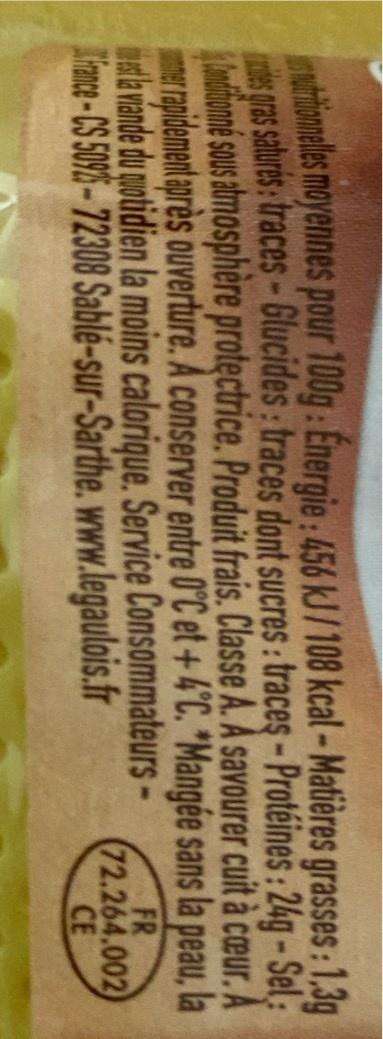
utionnelles moyennes pour 100g: Energie: 456 kJ/108 kcal-Matières grasses: 1,3g des gras saturés: traces-Glucides traces dont sucres: traces-Protéines: 24g-Sel; Conditionné sous atmosphère protectrice. Produit frais. Classe A. A savourer cuit à cœur. A mer rapidement après ouverture. A conserver entre 0°C et + 4°C. "Mangée sans la peau, la e la viande du quotidien la moins calorique. Service ConsommateursFrance-CS 5092-72308 Sablé-sur-Sarthe.
www.legaulois.fr
FR (72.264.002) CE